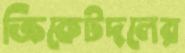
ক্রিকেটদলের